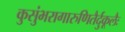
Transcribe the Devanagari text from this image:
कुसुंभरागारुणितैर्दुकूलैः